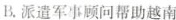
B.派遣军事顾问帮助越南